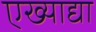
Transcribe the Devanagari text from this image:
एख्याद्या